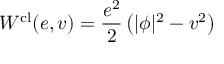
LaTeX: { \cal W } ^ { \mathrm { c l } } ( e , v ) = \frac { e ^ { 2 } } 2 \left( | \phi | ^ { 2 } - v ^ { 2 } \right)